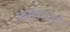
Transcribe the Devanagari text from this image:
कर्तृकारण